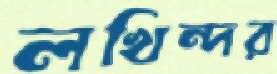
লখিন্দর